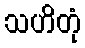
သဟိတုံ